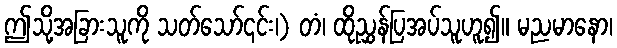
ဤသို့အခြားသူကို သတ်သော်၎င်း၊) တံ၊ ထိုညွှန်ပြအပ်သူဟူ၍။ မညမာနော၊